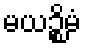
မယဉ္စိမံ